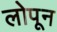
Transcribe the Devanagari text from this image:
लोपून